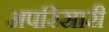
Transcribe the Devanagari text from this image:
अपरिसारी